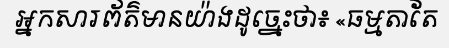
អ្នកសារព័ត៌មានយ៉ាងដូច្នេះថា៖ «ធម្មតាតែ